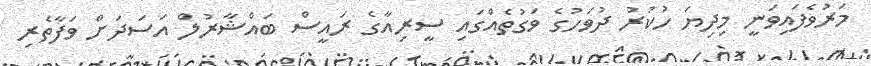
މަރުވެފައިވަނީ މިދިޔަ ހުކުރު ދުވަހުގެ ވަގުތެއްގައި ސީރިއާގެ ރައީސް ބައްޝާރުލް އަސަދަށް ވަފާތެރި